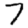
Digit: 7